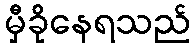
မှီခိုနေရသည်